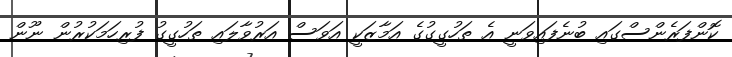
ކޮންފަރެންސްގައި ބުނެފައިވަނީ އެ ތަހުގީގުގެ އަމާޒަކީ އަވަސް އަރުވާލައި ތަހުގީގު ފުރިހަމަކުރުން ނޫން